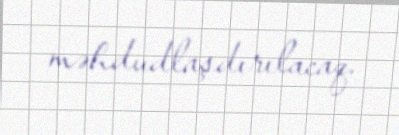
məhdudlaşdırılacaq.